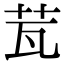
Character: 𦭈